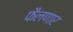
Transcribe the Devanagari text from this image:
फैलणार